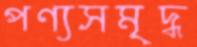
পণ্যসমৃদ্ধ